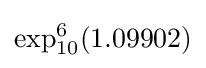
\exp _{10}^{6}(1.09902)